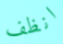
انظف